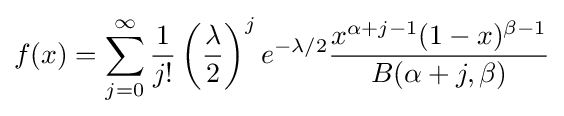
f(x)=\sum _{j=0}^{\infty }{\frac {1}{j!}}\left({\frac {\lambda }{2}}\right)^{j}e^{-\lambda /2}{\frac {x^{\alpha +j-1}(1-x)^{\beta -1}}{B(\alpha +j,\beta )}}